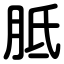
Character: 胝